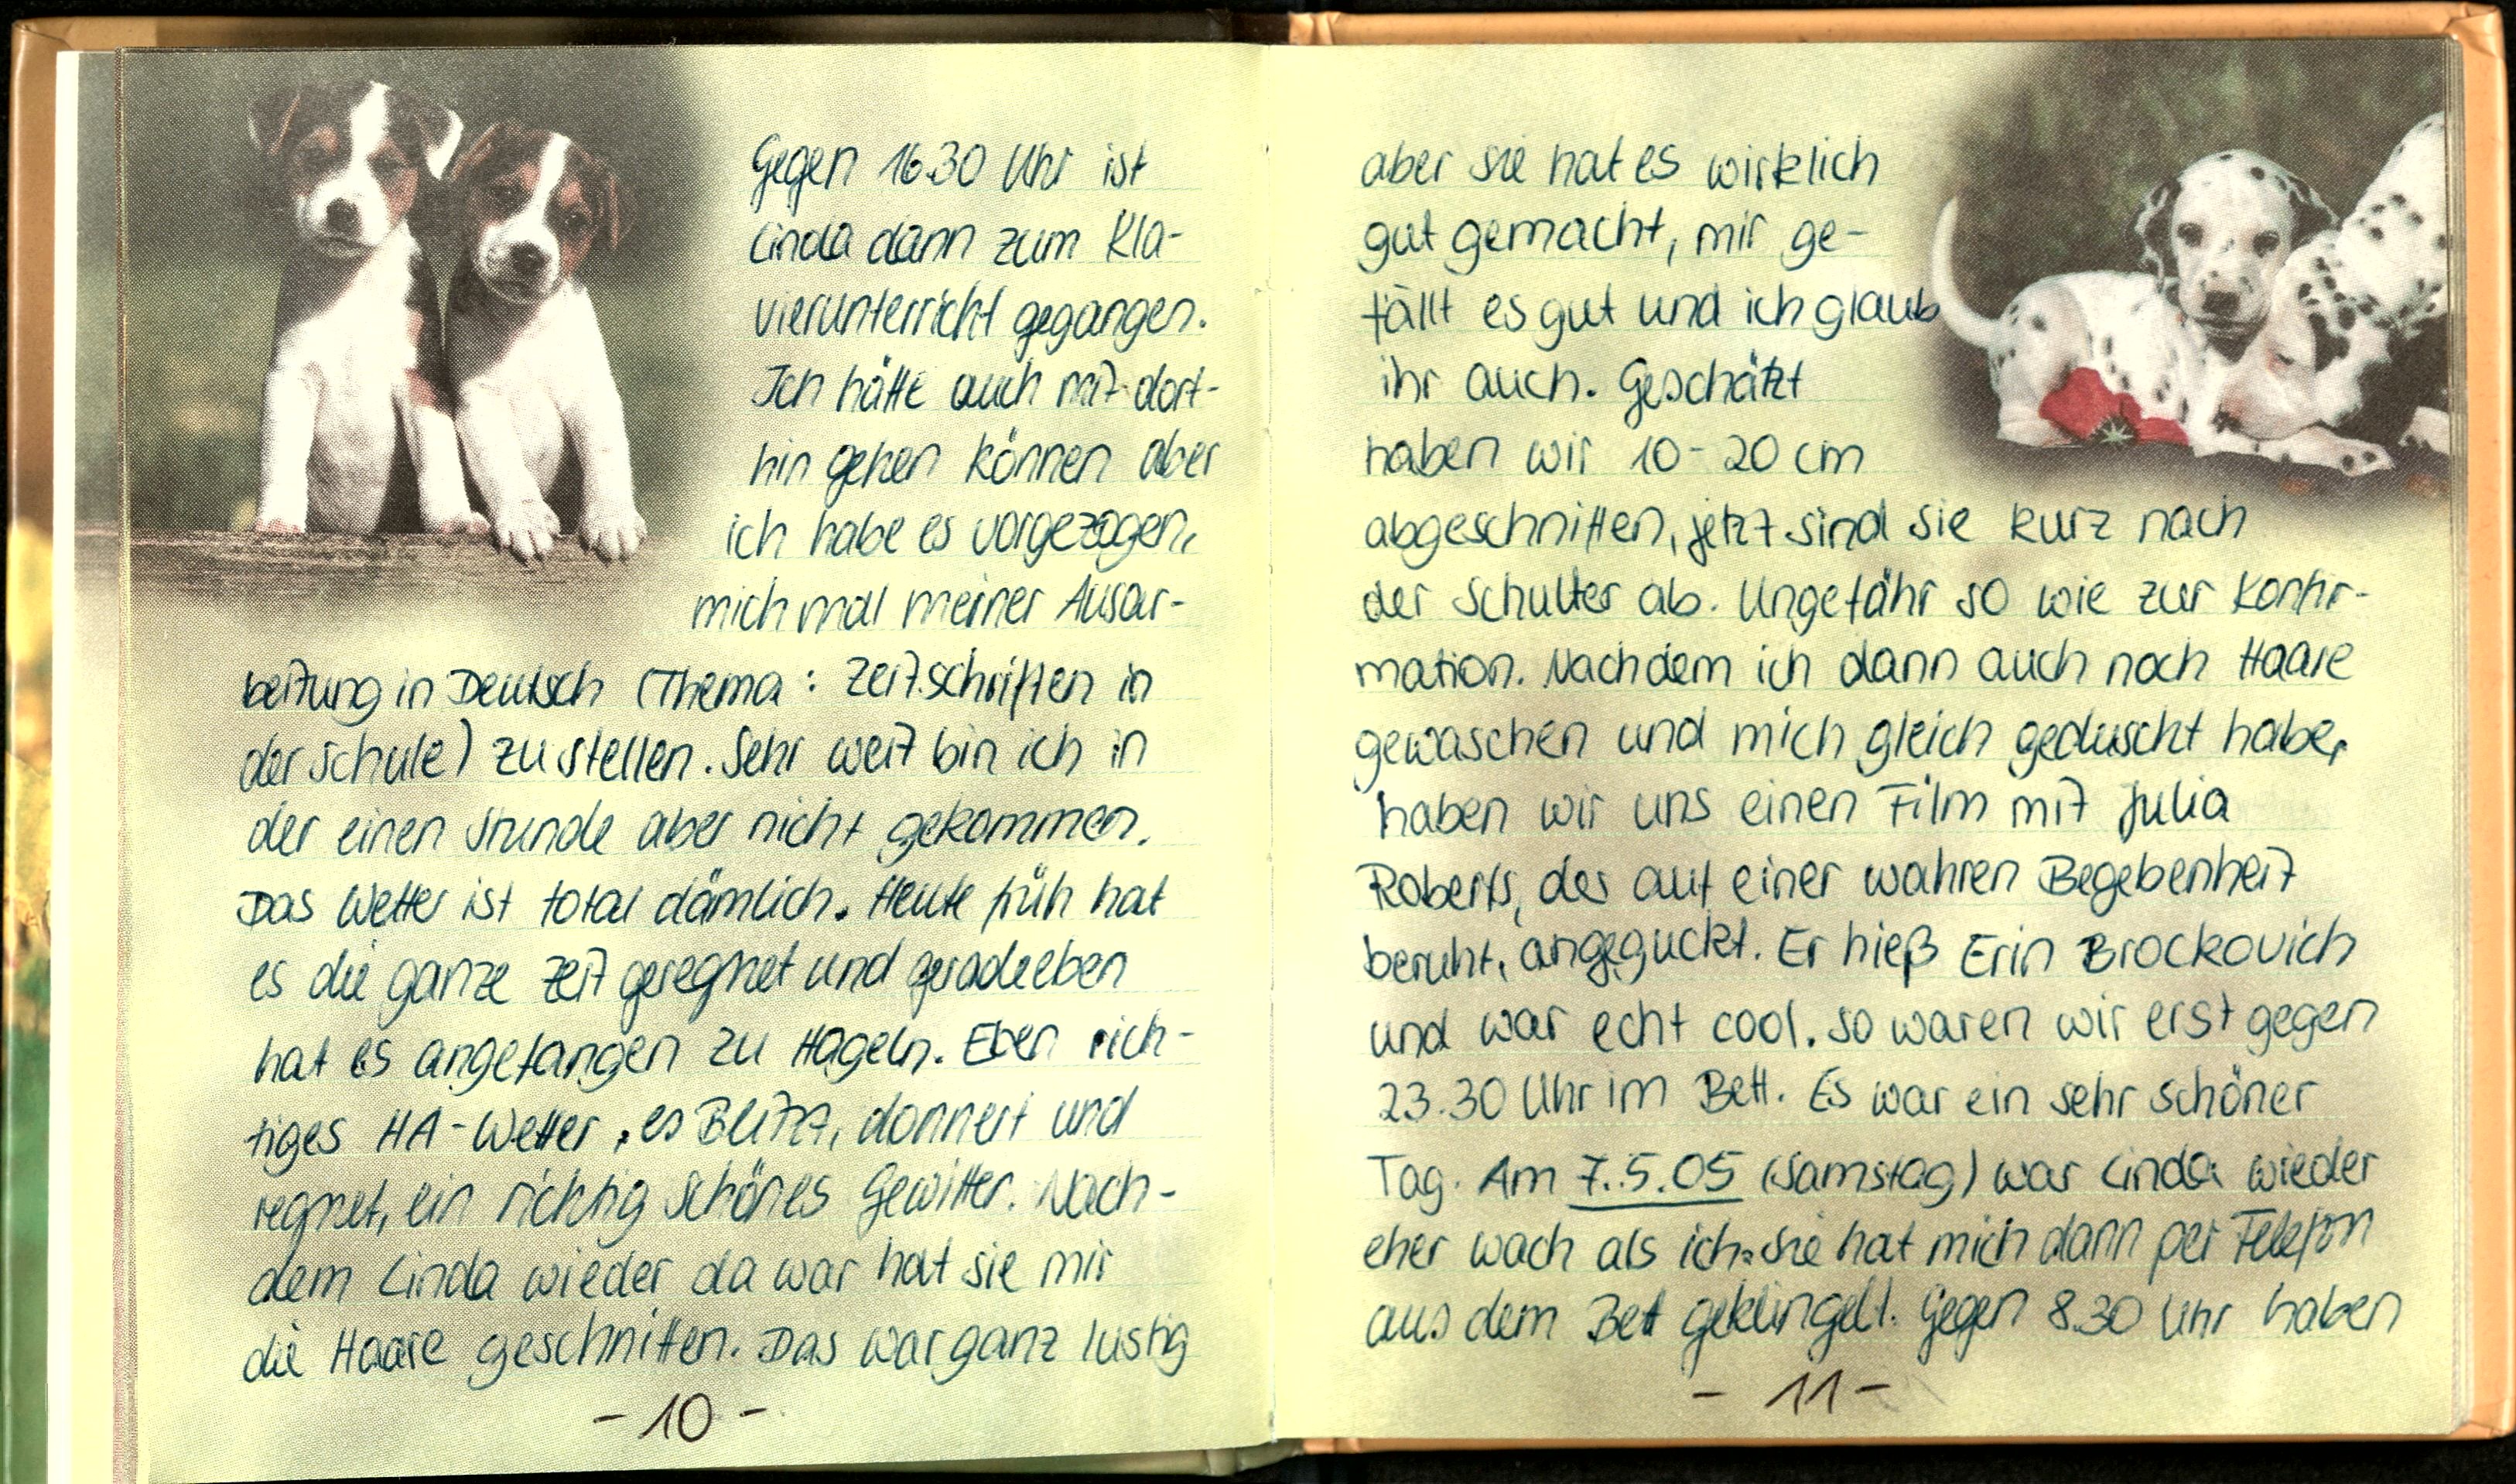
Gegen 16.30 Uhr ist
Linda dann zum Kla-
vierunterricht gegangen.
Ich hätte auch mit dort-
hin gehen können aber
ich habe es vorgezogen,
mich mal meiner Ausar-
beitung in Deutsch (Thema: Zeitschriften in
der Schule) zu stellen. Sehr weit bin ich in
der einen Stunde aber nicht gekommen.
Das Wetter ist total dämlich. Heute früh hat
es die ganze Zeit geregnet und geradeeben
hat es angefangen zu Hageln. Eben rich-
tiges HA-Wetter, es Blitzt, donnert und
regnet, ein richtig schönes Gewiter. Nach-
dem Linda wieder da war hat sie mir
die Haare geschnitten. Das war ganz lustig

aber sie hat es wirklich
gut gemacht, mir ge-
fällt es gut und ich glaub
ihr auch. Geschätzt
haben wir 10-20 cm
abgeschnitten, jetzt sind sie kurz nach
der Schulter ab. Ungefähr so wie zur Konfir-
mation. Nachdem ich dann auch noch Haare
gewaschen und mich gleich geduscht habe,
haben wir uns einen Film mit Julia
Roberts, der auf einer wahren Begebenheit
beruht, angeguckt. Er hieß Erin Brockovich
und war echt cool. So waren wir erst gegen
23.30 Uhr im Bett. Es war ein sehr schöner
Tag. Am 7.5.05 (Samstag) war Linda wieder
eher wach als ich: sie hat mich dann per Felefon
aus dem Bet geklingelt. gegen 8.30 Uhr haben